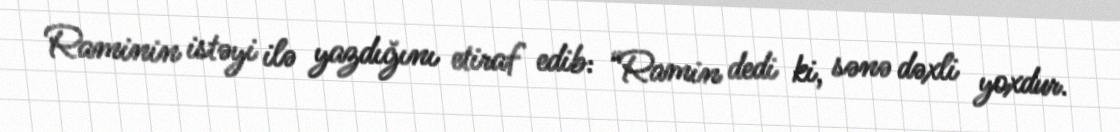
Raminin istəyi ilə yazdığını etiraf edib: “Ramin dedi ki, sənə dəxli yoxdur.